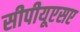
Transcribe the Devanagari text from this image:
सीपीयूएसए